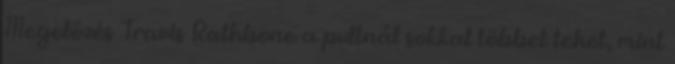
Megelőzés Travis Rathbone a pultnál sokkal többet tehet, mint